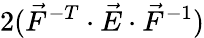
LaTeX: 2(\vec{F}^{-T}\cdot\vec{E}\cdot\vec{F}^{-1})